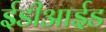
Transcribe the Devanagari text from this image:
ईडीआईड